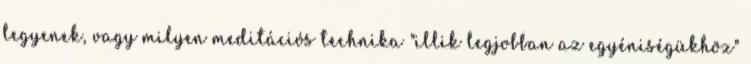
legyenek, vagy milyen meditációs technika "illik legjobban az egyéniségükhöz"